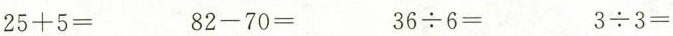
$$2 5 + 5 =$$ $$8 2 - 7 0 =$$ $$3 6 \div 6 =$$ $$3 \div 3 =$$